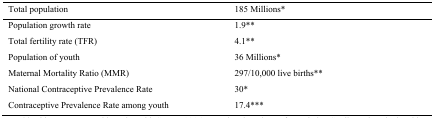
| Total population | 185 Millions* |
 | --- | --- |
 | Population growth rate | 1.9** |
 | Total fertility rate (TFR) | 4.1** |
 | Population of youth | 36 Millions* |
 | Maternal Mortality Ratio (MMR) | 297/10,000 live births** |
 | National Contraceptive Prevalence Rate | 30* |
 | Contraceptive Prevalence Rate among youth | 17.4*** |